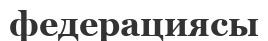
федерациясы